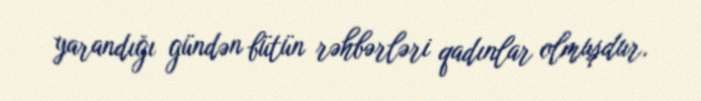
yarandığı gündən bütün rəhbərləri qadınlar olmuşdur.